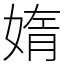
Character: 媠